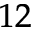
^ { 1 2 }